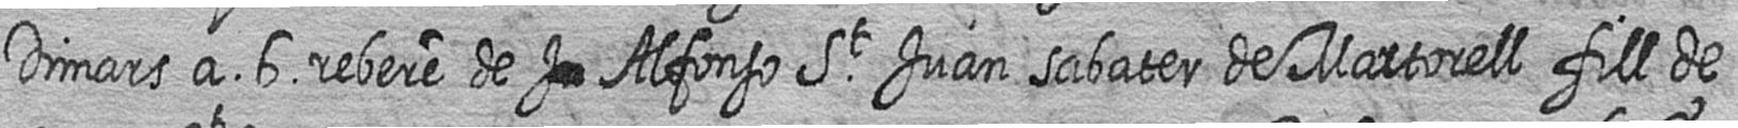
Dimars a 6 rebere de # Alfonso St Juan sabater de Martorell fill de